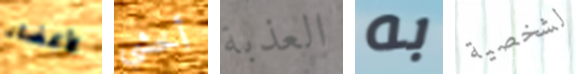
لأعضاء أخشي العذبة به لشخصية